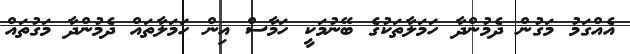
އެއްގަމު މަގުން ދެމުންދާ ހަމަލާތަކުގެ ބޭނުމަކީ ހަމާސް އިން ހަމަލާތައް ދެމުންދާ މަގުތައް